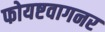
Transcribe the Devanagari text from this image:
फोयष्टवागनर